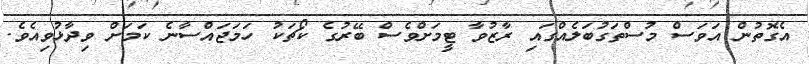
އެގޮތުން އަވަސް މުސްތަގުބަލެއްގައި ރާޒުވާ ޓީމަށްވެސް ބޭރުގެ ކޯޗަކު ހަމަޖައްސާނެ ކަމަށް ވިދާޅުވިއެވެ.